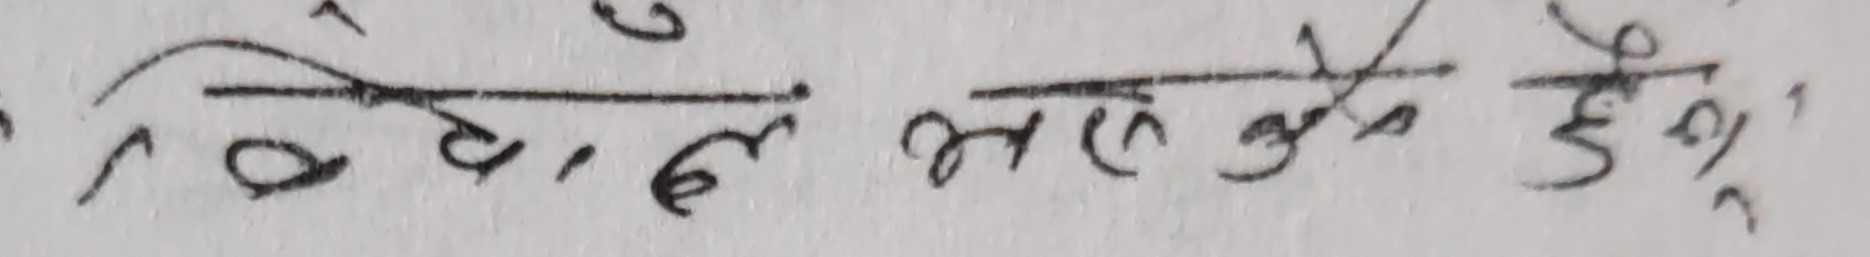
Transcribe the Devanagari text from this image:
देख्न भर कुनै छैन।